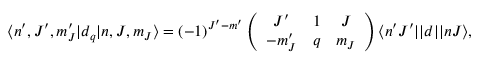
\langle n ^ { \prime } , J ^ { \prime } , m _ { J } ^ { \prime } | d _ { q } | n , J , m _ { J } \rangle = ( - 1 ) ^ { J ^ { \prime } - m ^ { \prime } } \left( \begin{array} { c c c } { J ^ { \prime } } & { 1 } & { J } \\ { - m _ { J } ^ { \prime } } & { q } & { m _ { J } } \end{array} \right) \langle n ^ { \prime } J ^ { \prime } | | d | | n J \rangle ,